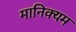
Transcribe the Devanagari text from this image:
मानिक्यम